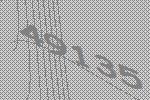
49135